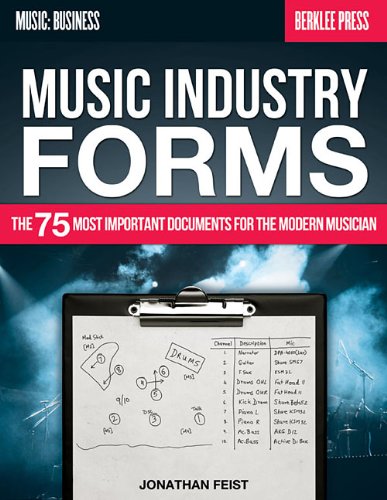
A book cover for Music Industry Forms: The 75 Most Important Documents for the Modern Musician (Music: Business); Jonathan Feist; Arts & Photography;